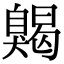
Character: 𦤦